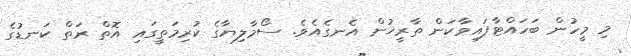
މި މީހުން ބަހައްޓާފައިވާކަން ތާރީޚުން އެނގެއެވެ. ސޯމާލިޔާގެ ކުރިމަތީގައި އޮތް ރަތް ކަނޑުުގެ